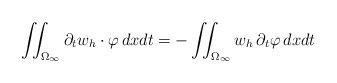
LaTeX: \begin{align*}\iint_{\Omega_\infty}\partial_t w_h\cdot \varphi\,dxdt =-\iint_{\Omega_\infty}w_h\,\partial_t \varphi\,dxdt\end{align*}